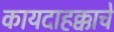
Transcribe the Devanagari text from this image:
कायदाहक्काचे